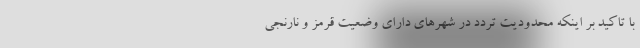
با تاکید بر اینکه محدودیت تردد در شهرهای دارای وضعیت قرمز و نارنجی